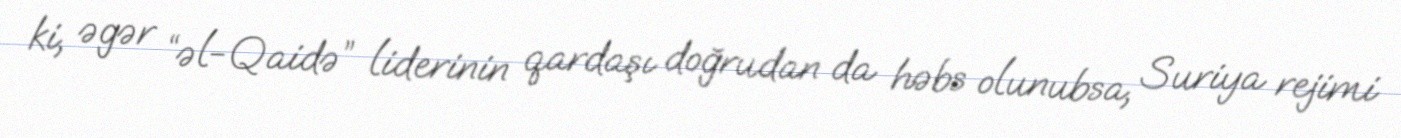
ki, əgər “əl-Qaidə” liderinin qardaşı doğrudan da həbs olunubsa, Suriya rejimi